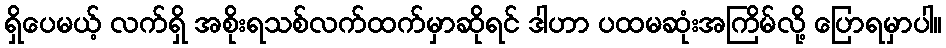
ရှိပေမယ့် လက်ရှိ အစိုးရသစ်လက်ထက်မှာဆိုရင် ဒါဟာ ပထမဆုံးအကြိမ်လို့ ပြောရမှာပါ။